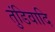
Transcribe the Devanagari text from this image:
तुंडिवादि